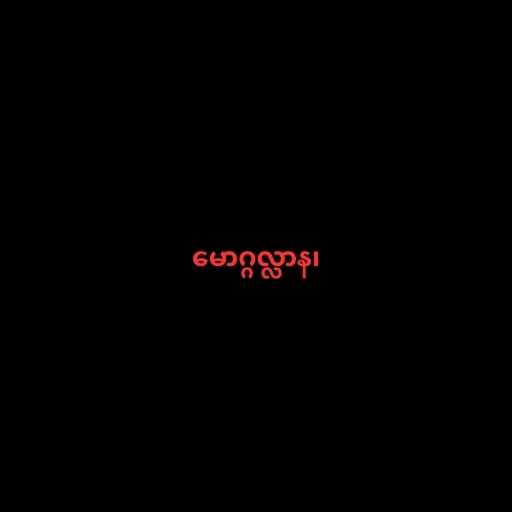
မောဂ္ဂလ္လာန၊